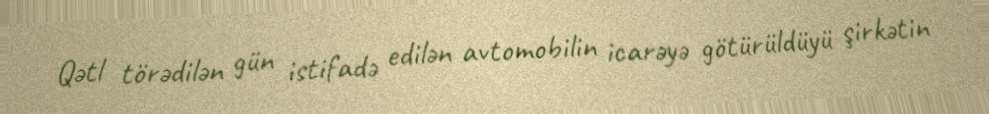
Qətl törədilən gün istifadə edilən avtomobilin icarəyə götürüldüyü şirkətin